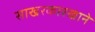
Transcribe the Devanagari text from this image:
साखरकारखाने